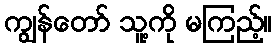
ကျွန်တော် သူ့ကို မကြည့်။